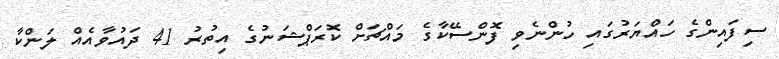
ސިފައިންގެ ހައްޔަރުގައި ހުންނެވި ފޮންސޭކާގެ މައްޗަށް ކޮރަޕްޝަނުގެ އިތުރު 41 ދައުވާއެއް ލަންކާ